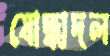
যোদ্ধাদল